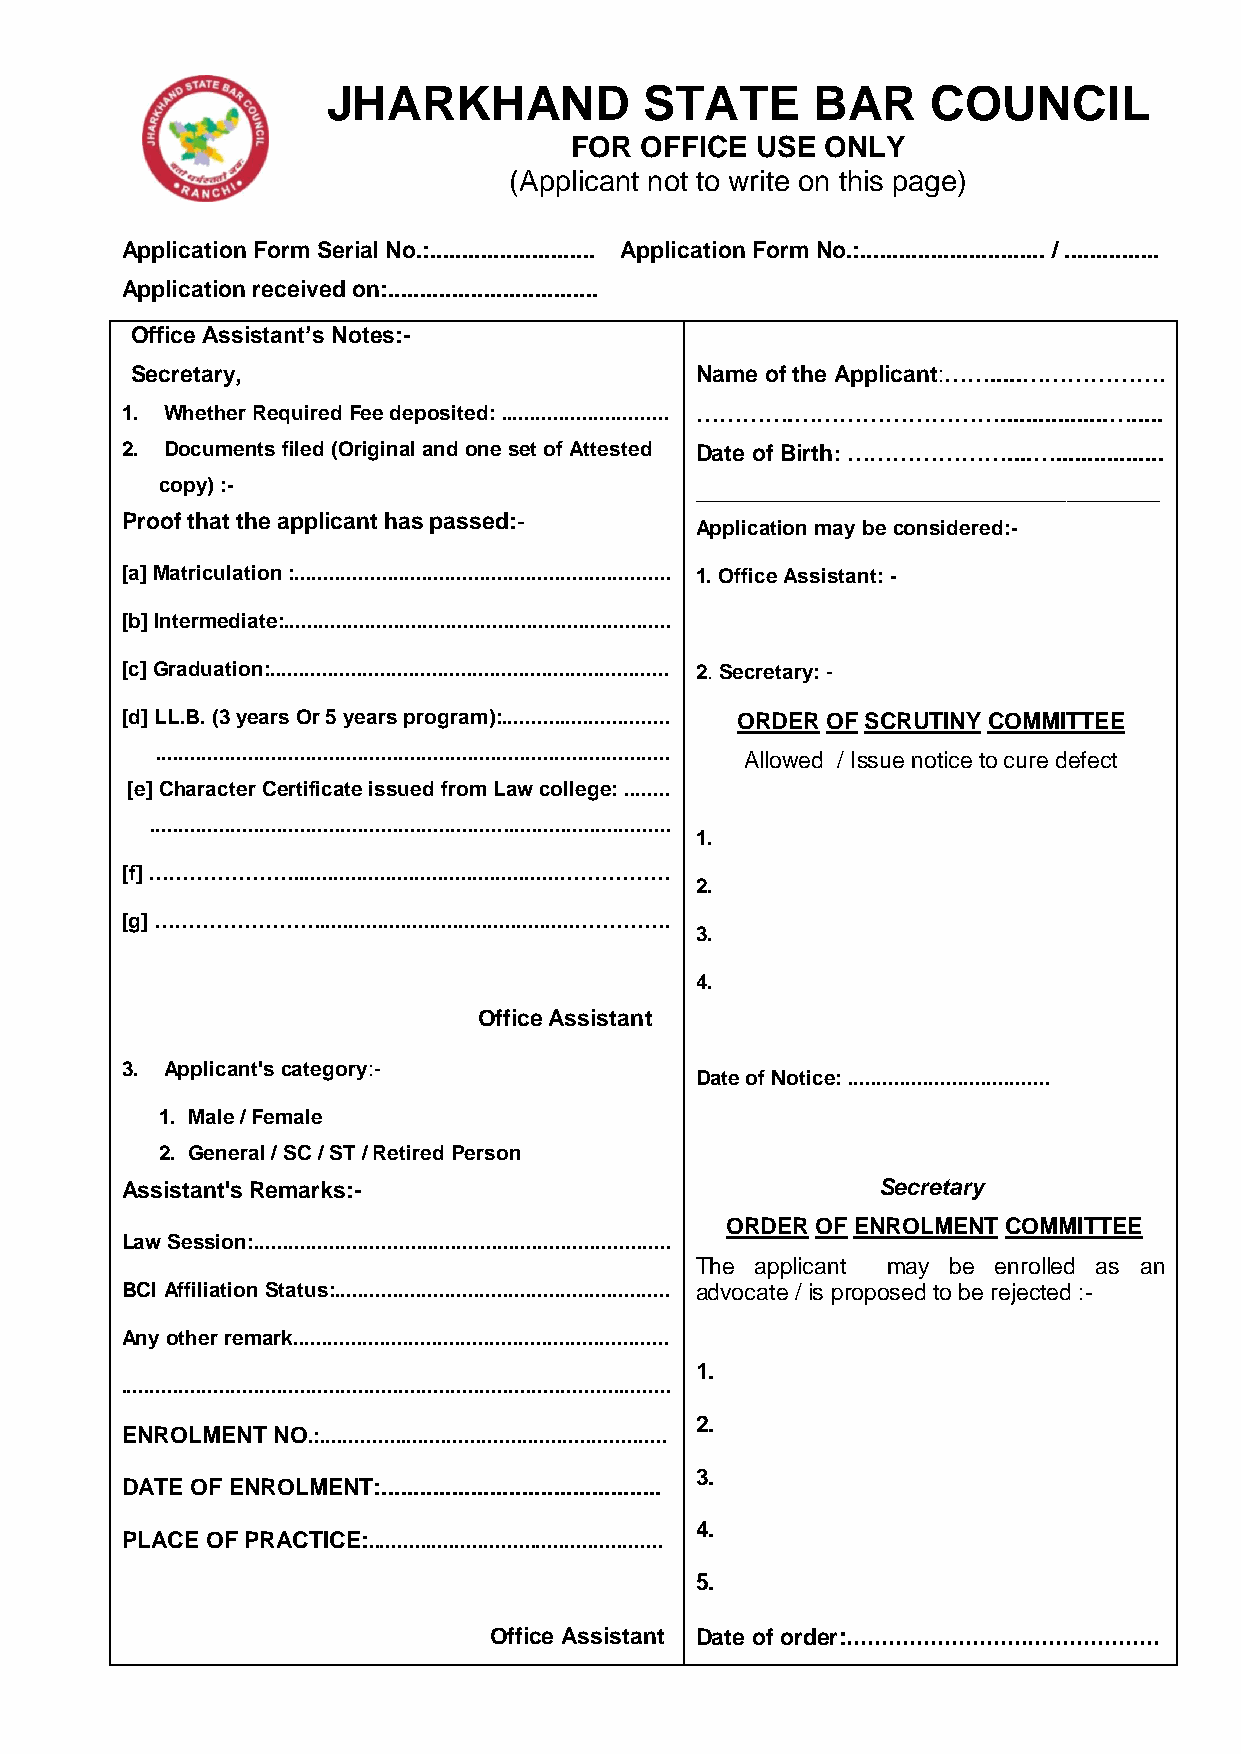
JHARKHAND            STATE      BAR     COUNCIL
 FOR OFFICE  USE  ONLY
 (Applicant not to write on this page)
 Application Form Serial No.:.......................... Application Form No.:............................. / ...............
 Application received on:.................................
 Office Assistant’s Notes:-
 Secretary,                           Name of the Applicant:…….....……………….
 1. Whether Required Fee deposited: ............................. ………….……………………….................….....
 2. Documents filed (Original and one set of Attested Date of Birth: …………………....….................
 copy) :-
 ________________________________________
 Proof that the applicant has passed:-
 Application may be considered:-
 [a] Matriculation :................................................................. 1. Office Assistant: -
 [b] Intermediate:...................................................................
 [c] Graduation:..................................................................... 2. Secretary: -
 [d] LL.B. (3 years Or 5 years program):............................. ORDER OF SCRUTINY COMMITTEE
 .........................................................................................
 Allowed / Issue notice to cure defect
 [e] Character Certificate issued from Law college: ........
 ..........................................................................................
 1.
 [f] …………………...............................................……………
 2.
 [g] …………………….............................................………….
 3.
 4.
 Office Assistant
 3. Applicant's category:-
 Date of Notice: ...................................
 1. Male / Female
 2. General / SC / ST / Retired Person
 Assistant's Remarks:-                             Secretary
 ORDER OF ENROLMENT COMMITTEE
 Law Session:........................................................................
 The applicant may be enrolled as an
 BCI Affiliation Status:.......................................................... advocate / is proposed to be rejected :-
 Any other remark.................................................................
 1.
 ...............................................................................................
 2.
 ENROLMENT NO.:............................................................
 3.
 DATE OF ENROLMENT:............................................
 4.
 PLACE OF PRACTICE:...................................................
 5.
 Office Assistant Date of order:.............................................